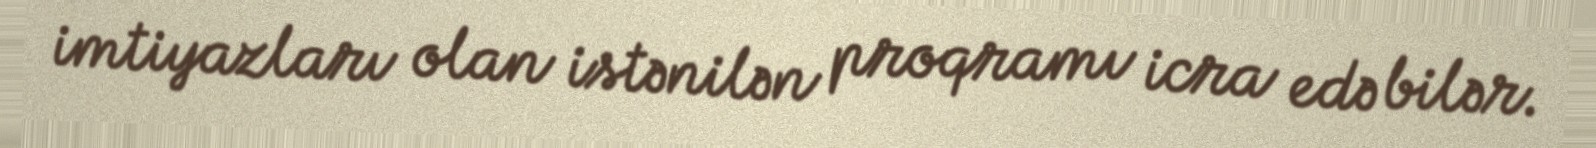
imtiyazları olan istənilən proqramı icra edə bilər.